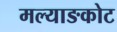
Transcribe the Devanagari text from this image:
मल्याङकोट